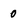
Character: 0